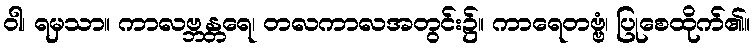
ဝါ၊ ရမှသာ။ ကာလဗ္ဘန္တရေ၊ တလကာလအတွင်း၌။ ကာရေတဗ္ဗံ၊ ပြုစေထိုက်၏။